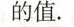
的值。